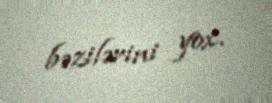
bəzilərini yox.